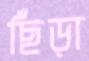
ছিঁড়া